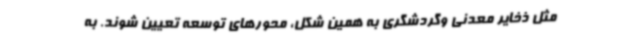
مثل ذخایر معدنی وگردشگری به همین شکل، محورهای توسعه تعیین شوند. به